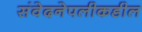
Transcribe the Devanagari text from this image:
संवेदनेपलीकडील